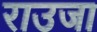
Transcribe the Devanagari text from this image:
राउजा